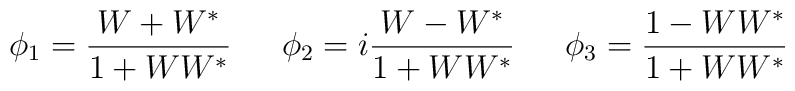
\phi_1=\frac{W+W^{*}}{1+W W^{*}}\,\,\,\,\,\,\,\,\,\phi_2=i \frac{W-W^{*}}{1+W W^{*}}\,\,\,\,\,\,\,\,\,\phi_3=\frac{1-W W^{*}}{1+W W^{*}}\,\,\,\,\,\,\,\,\,